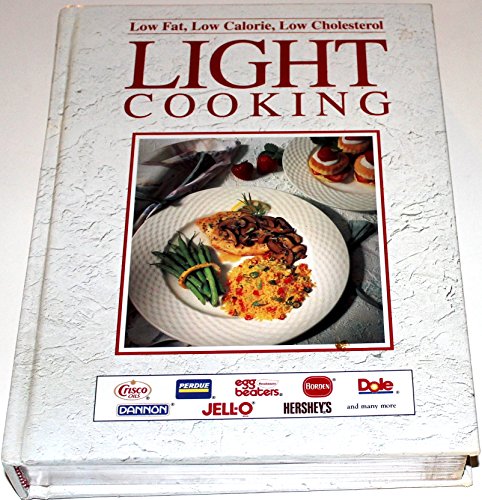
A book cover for LIGHT COOKING/LOW FAT CALORIE CHOLESTEROL; Ltd Publications Intl ed; Cookbooks, Food & Wine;